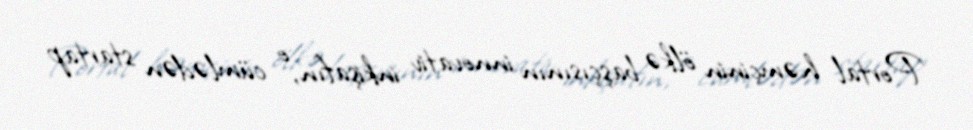
Portal həmçinin ölkə başçısının innovativ inkişafın, o cümlədən startap